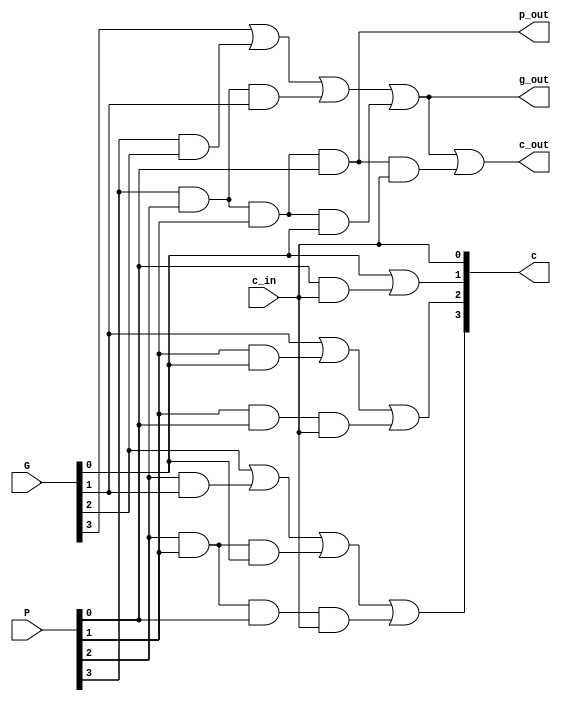
`timescale 1ns / 1ps

module LCU(
    input c_in,
    input [3:0] P,
    input [3:0] G,
    output [3:0] c,
	 output c_out,
    output p_out,
    output g_out
    );


	// use propogate,generate and carry to compute the lookahead carry
	assign c[0] = c_in;
	assign c[1] = G[0] | (P[0] & c_in);
	assign c[2] = G[1] | (P[1] & G[0]) | (P[1] & P[0] & c_in);
	assign c[3] = G[2] | (P[2] & G[1]) | (P[2] & P[1] & G[0]) | (P[2] & P[1] & P[0] & c_in);
	assign c_out = G[3] | (P[3] & G[2]) | (P[3] & P[2] & G[1]) | (P[3] & P[2] & P[1] & G[0]) | (P[3] & P[2] & P[1] & P[0] & c_in);
	
	// compute propogate and generate for next level
	assign p_out = P[3] & P[2] & P[1] & P[0];
	assign g_out = G[3] | (P[3] & G[2]) | (P[3] & P[2] & G[1]) | (P[3] & P[2] & P[1] & G[0]);

endmodule